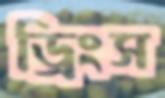
ড্রিংস